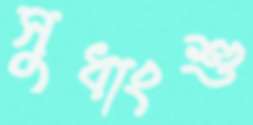
সুধাংশু